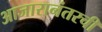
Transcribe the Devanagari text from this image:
आजारानंतरची